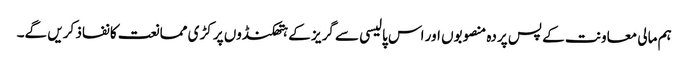
ہم مالی معاونت کے پس پردہ منصوبوں اور اس پالیسی سے گریز کے ہتھکنڈوں پر کڑی ممانعت کا نفاذ کریں گے۔